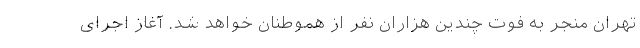
تهران منجر به فوت چندین هزاران نفر از هموطنان خواهد شد. آغاز اجرای